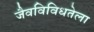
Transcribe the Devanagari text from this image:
जैवविविधतेला